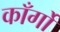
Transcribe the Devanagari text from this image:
काँर्गो